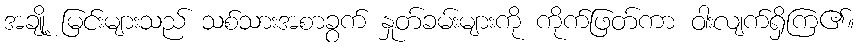
အချို့ မြင်းများသည် သစ်သားအစာခွက် နှုတ်ခမ်းများကို ကိုက်ဖြတ်ကာ ဝါးလျက်ရှိကြ၏။